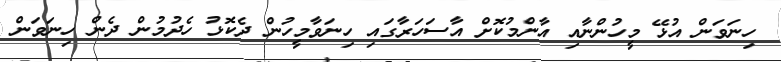
ހިނަވަން އުޅޭ މީހުންނާއި އާންމުކޮށް އާސަހަރާގައި ހިނަވާމީހުން ދެކޮޅު ހެދުމުން ދެން ހިނަވަން